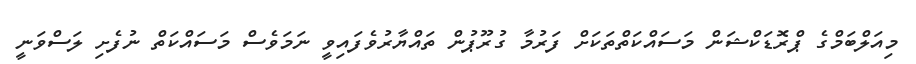
މިއަލްބަމްގެ ޕްރޮޑަކްޝަން މަސައްކަތްތަކަށް ފަރުމާ ގުރޫޕުން ތައްޔާރުވެފައިވީ ނަމަވެސް މަސައްކަތް ނުފެށި ލަސްވަނީ